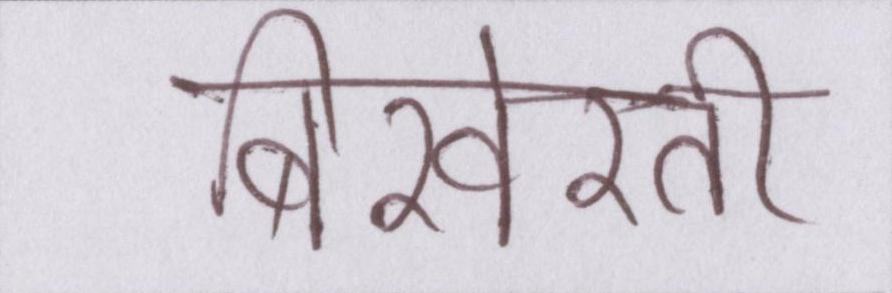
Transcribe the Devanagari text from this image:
बिखेरती